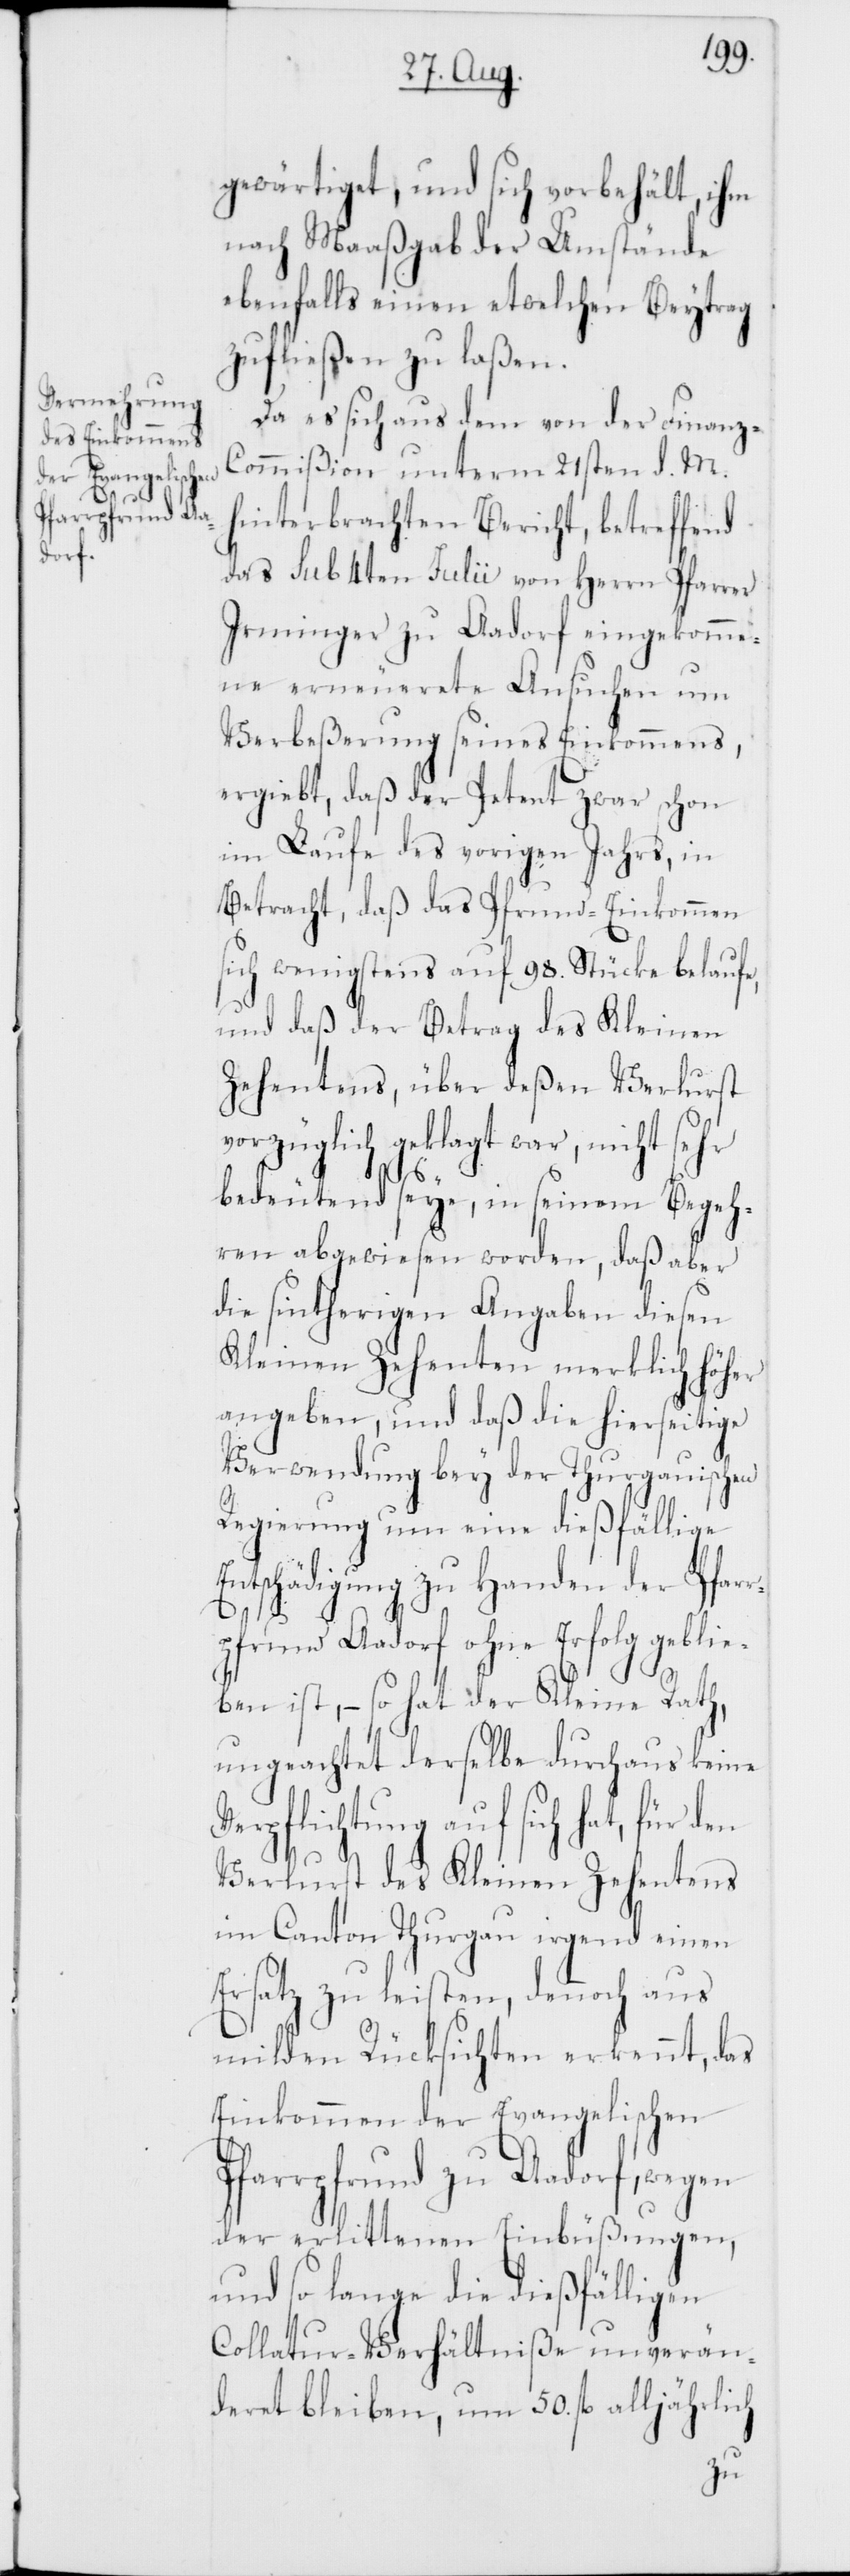
gewärtiget, und sich vorbehält, ihm
nach Maaßgab der Umstände
ebenfalls einen etwelchen Beytrag
zufließen zu laßen.
Da es sich aus dem von der Finanz-C¬
ommißion unterm 21sten d. M.
hinterbrachten Bericht, betreffend
das sub 4ten Julii von Herrn Pfarrer
Irminger zu Aadorf eingekomme¬
ne erneuerete Ansuchen um
Verbeßerung seines Einkommens,
ergiebt, daß der Petent zwar schon
im Laufe des vorigen Jahrs, in
Betracht, daß das Pfrund-Einkommen
sich wenigstens auf 98. Stücke belaufe,
und daß der Betrag des Kleinen
Zehentens, über deßen Verlust
vorzüglich geklagt war, nicht sehr
bedeutend seye, in seinem Begeh¬
ren abgewiesen worden, daß aber
die sintherigen Angaben diesen
Kleinen Zehenten merklich höher
angeben, und daß die hierseitige
Verwendung bey der Thurgauischen
Regierung um eine dießfällige
Entschädigung zu Handen der Pfar¬
rpfrund Aadorf ohne Erfolg geblie¬
ben ist, – so hat der Kleine Rath,
ungeachtet derselbe durchaus keine
Verpflichtung auf sich hat, für den
Verlust des kleinen Zehentens
im Canton Thurgau irgend einen
Ersatz zu leisten, dennoch aus
milden Rücksichten erkennt, das
Einkommen der Evangelischen
Pfarrpfrund zu Aadorf, wegen
der erlittenen Einbüßungen,
und so lange die dießfälligen
Collatur-Verhältniße unverän¬
deret bleiben, um 50. fl. alljährlich